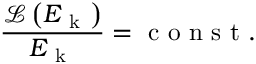
\frac { \mathcal { L } \left( E _ { \mathrm { ~ k ~ } } \right) } { E _ { \mathrm { ~ k ~ } } } = \mathrm { ~ c ~ o ~ n ~ s ~ t ~ . ~ }